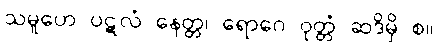
သမူဟေ ပဋလံ နေတ္တ၊ ရောဂေ ဝုတ္တံ ဆဒိမှိ စ။